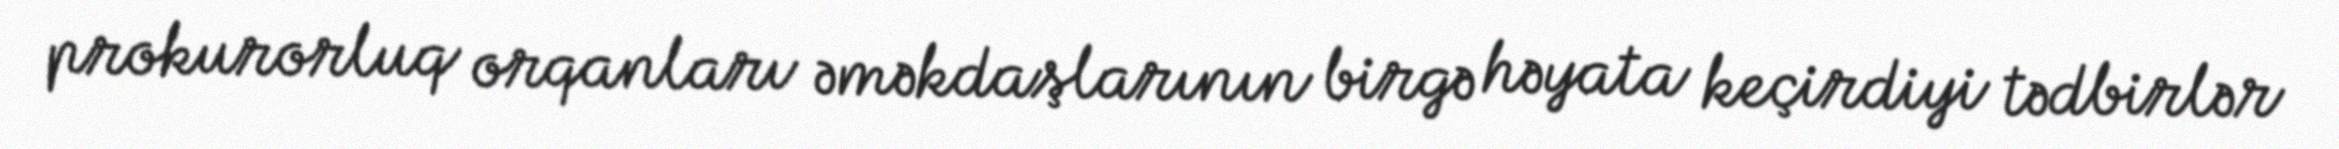
prokurorluq orqanları əməkdaşlarının birgə həyata keçirdiyi tədbirlər